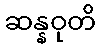
ဆန္နဝုတိ